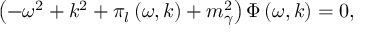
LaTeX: \left( - \omega ^ { 2 } + k ^ { 2 } + \pi _ { l } \left( \omega , k \right) + m _ { \gamma } ^ { 2 } \right) \Phi \left( \omega , k \right) = 0 ,